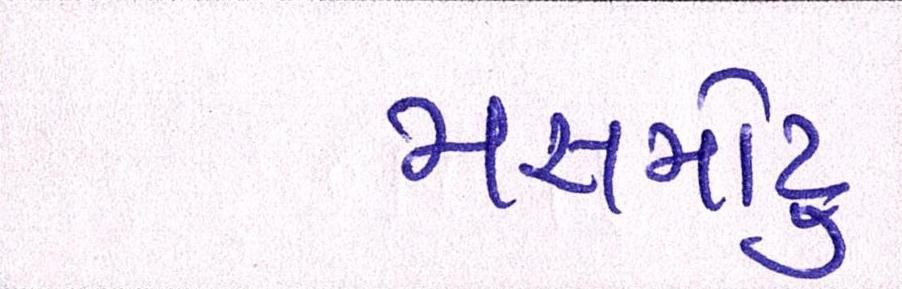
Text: મસમોટુ